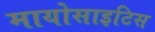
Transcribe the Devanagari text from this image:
मायोसाइटिस